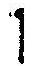
1